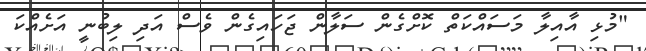
"މުޅި އާއިލާ މަސައްކަތް ކޮށްގެން ސަލާން ޖަހައިގެން ވެސް އަދި ލިބުނީ އަށެއްކަ